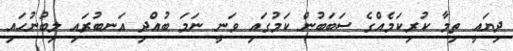
ދިޔައީ ތިމާ ކުރިކަމެއްގެ ސަބަބުން ކަމުގައި ވަނީ ނަމަ ބުއްދި އަނބުރައި ލިބުނުހައި